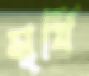
সূর্যি